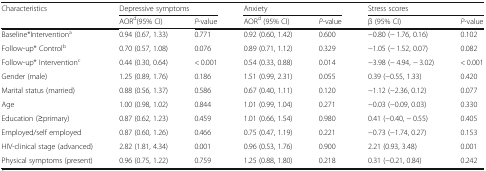
| Characteristics | <COLSPAN=2> Depressive symptoms | <COLSPAN=2> Anxiety | <COLSPAN=2> Stress scores |
 |  | AORd(95% CI) | P-value | AORd (95% CI) | P-value | β (95% CI) | P-value |
 | --- | --- | --- | --- | --- | --- | --- |
 | Baseline*Interventiona | 0.94 (0.67, 1.33) | 0.771 | 0.92 (0.60, 1.42) | 0.600 | −0.80 (− 1.76, 0.16) | 0.102 |
 | Follow-up* Controlb | 0.70 (0.57, 1.08) | 0.076 | 0.89 (0.71, 1.12) | 0.329 | −1.05 (− 1.52, 0.07) | 0.082 |
 | Follow-up* Interventionc | 0.44 (0.30, 0.64) | < 0.001 | 0.54 (0.33, 0.88) | 0.014 | −3.98 (− 4.94, − 3.02) | < 0.001 |
 | Gender (male) | 1.25 (0.89, 1.76) | 0.186 | 1.51 (0.99, 2.31) | 0.055 | 0.39 (−0.55, 1.33) | 0.420 |
 | Marital status (married) | 0.88 (0.56, 1.37) | 0.586 | 0.67 (0.40, 1.11) | 0.120 | −1.12 (−2.36, 0.12) | 0.077 |
 | Age | 1.00 (0.98, 1.02) | 0.844 | 1.01 (0.99, 1.04) | 0.271 | −0.03 (−0.09, 0.03) | 0.330 |
 | Education (≥primary) | 0.87 (0.62, 1.23) | 0.459 | 1.01 (0.66, 1.54) | 0.980 | 0.41 (−0.40, − 0.55) | 0.405 |
 | Employed/self employed | 0.87 (0.60, 1.26) | 0.466 | 0.75 (0.47, 1.19) | 0.221 | −0.73 (−1.74, 0.27) | 0.153 |
 | HIV-clinical stage (advanced) | 2.82 (1.81, 4.34) | 0.001 | 0.96 (0.53, 1.76) | 0.900 | 2.21 (0.93, 3.48) | 0.001 |
 | Physical symptoms (present) | 0.96 (0.75, 1.22) | 0.759 | 1.25 (0.88, 1.80) | 0.218 | 0.31 (−0.21, 0.84) | 0.242 |